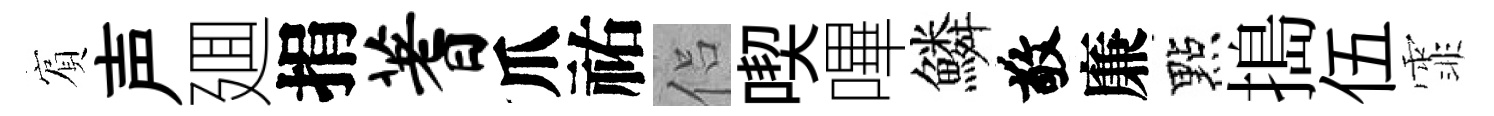
賔声廽捐蓍爪祐侣喫嗶鱗敬廉點搗伍霏